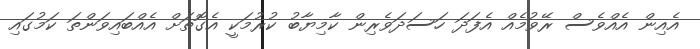
އެއިން އެއްވެސް ރޭވުމެއް އެފަދަ ހަސަދަވެރިން ކާމިޔާބު ކުރުމަކީ އެގޮތަށް އެއްބައިވަންތަ ކަމުގައި